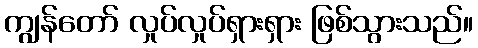
ကျွန်တော် လှုပ်လှုပ်ရှားရှား ဖြစ်သွားသည်။